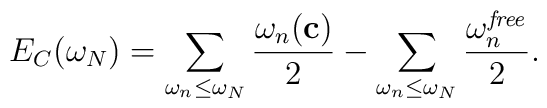
E_C(\omega_N)=\sum_{\omega_n\leq\omega_N} {\omega_n({\bf c})\over2}-\sum_{\omega_n\leq\omega_N} {\omega_n^{\it free }\over 2}.